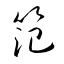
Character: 笵